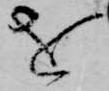
を